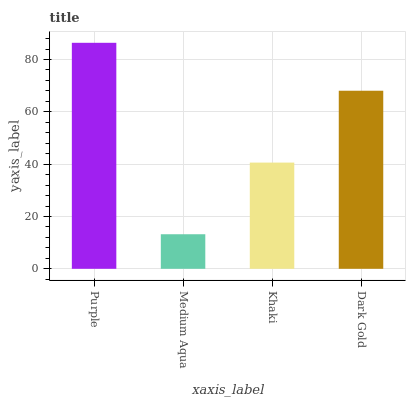
| xaxis_label | bars |
 | --- | --- |
 | Purple | 86.4 |
 | Medium Aqua | 13.2 |
 | Khaki | 40.6 |
 | Dark Gold | 68.1 |